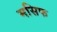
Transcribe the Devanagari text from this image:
मसिफ